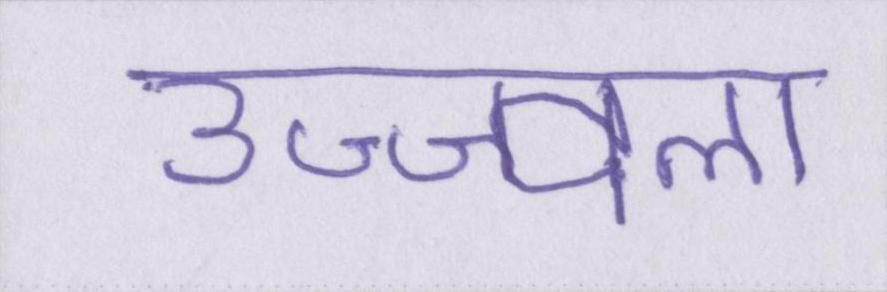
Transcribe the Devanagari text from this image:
उज्ज्वला